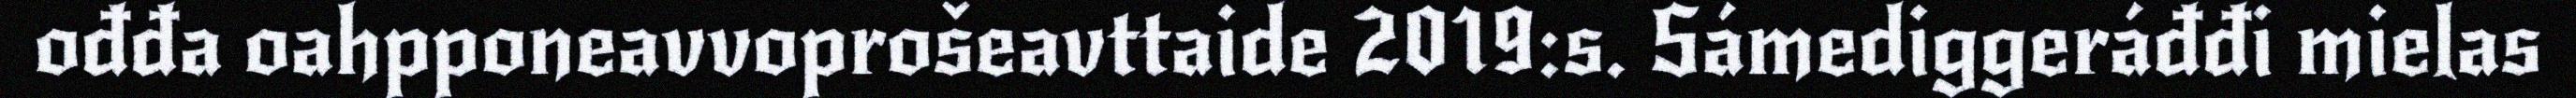
ođđa oahpponeavvoprošeavttaide 2019:s. Sámediggeráđđi mielas